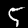
Label: 5